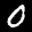
Label: 0